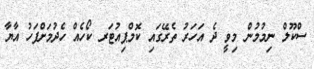
ސްކޫލް ނިމުމުން މިވީ ދެ އަހަރު ތެރޭގައި ކޮމްޕިއުޓަރ ކޯހެއް ހެދުމަށްފަހު އާޔާ